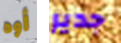
أوه جدير